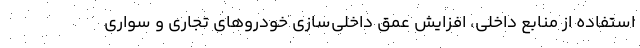
استفاده از منابع داخلی، افزایش عمق داخلی‌سازی خودروهای تجاری و سواری